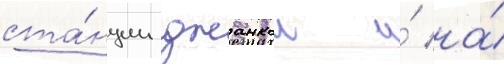
ста́нции джанкои и́ на́